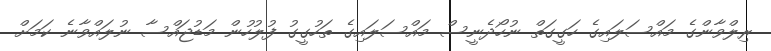
ރިލްވާންގެ މައްސަލައިގެ ހަގީގަތް ނުހޯދެނީސް މައްސަލައިގެ ތަހުގީގު ފުލުހުން މަޑުޖައްސާ ނުލައްވާނެ ކަމަށް